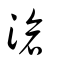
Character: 滄